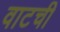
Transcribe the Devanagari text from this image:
वाटची